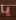
يا